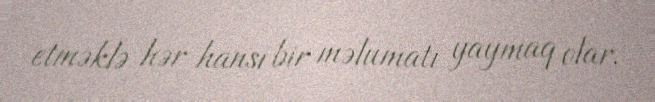
etməklə hər hansı bir məlumatı yaymaq olar.